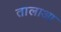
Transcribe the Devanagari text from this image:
तालाआ